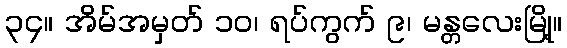
၃၄။ အိမ်အမှတ် ၁၀၊ ရပ်ကွက် ၉၊ မန္တလေးမြို့။